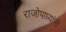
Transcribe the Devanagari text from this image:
राजोपाध्यांनी